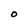
Character: O